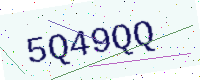
Text: 5Q49QQ